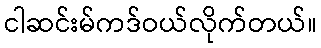
ငါဆင်းမ်ကဒ်ဝယ်လိုက်တယ်။